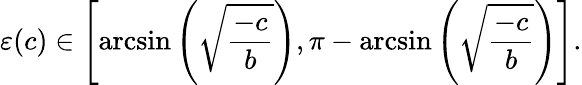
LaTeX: \varepsilon(c)\in\left[\arcsin\left(\sqrt{\frac{-c}{b}}\right),\pi-\arcsin\left(\sqrt{\frac{-c}{b}}\right)\right].